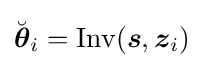
{\breve {\boldsymbol {\theta }}}_{i}=\mathrm {Inv} ({\boldsymbol {s}},{\boldsymbol {z}}_{i})